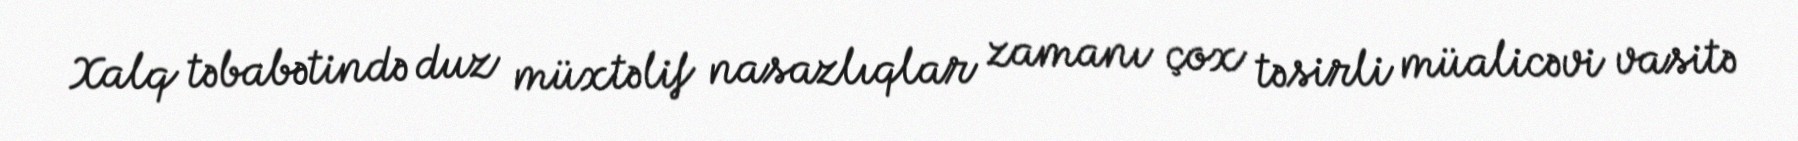
Xalq təbabətində duz müxtəlif nasazlıqlar zamanı çox təsirli müalicəvi vasitə